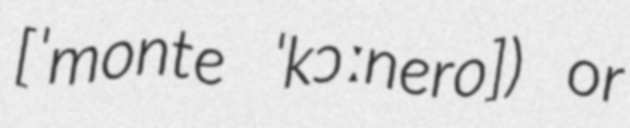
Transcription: [ˈmonte ˈkɔːnero]) or